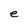
Character: e